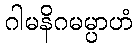
ဂါမနိဂမမ္ပာဟံ